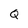
Character: Q